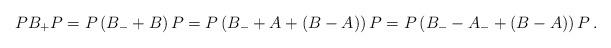
LaTeX: \begin{align*}P B_+ P = P \left(B_- + B \right) P = P \left(B_- + A + \left(B-A\right) \right) P = P \left(B_- - A_- + \left(B-A\right) \right) P \,.\end{align*}